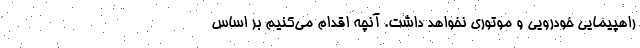
راهپیمایی خودرویی و موتوری نخواهد داشت. آنچه اقدام می‌کنیم بر اساس